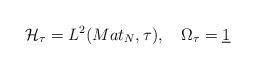
LaTeX: \begin{align*}\mathcal{H}_{\tau }=L^{2}(Mat_{N},\tau ),\quad \Omega _{\tau }=\underline{1}\end{align*}